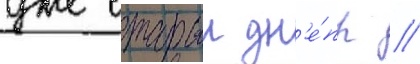
уже старыи дн'е́пр //